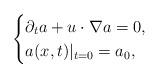
LaTeX: \begin{align*}\begin{cases}\partial_{t}a+u\cdot\nabla a=0,\\a(x,t)|_{t=0}=a_{0},\end{cases}\end{align*}